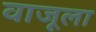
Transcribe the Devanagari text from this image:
वाजूला